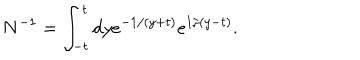
N ^ { - 1 } = \int _ { - t } ^ { t } d y e ^ { - 1 / ( y + t ) } e ^ { 1 / ( y - t ) } .